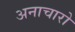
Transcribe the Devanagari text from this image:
अनाचारो